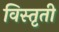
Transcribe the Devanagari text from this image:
विस्तृती